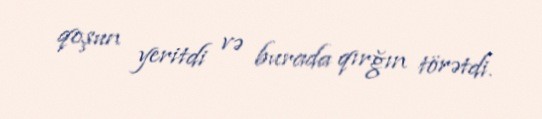
qoşun yeritdi və burada qırğın törətdi.